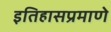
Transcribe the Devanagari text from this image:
इतिहासप्रमाणे